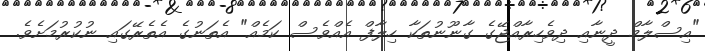
"އިސްލާމް ދީނާއި ދިވެހިރާއްޖޭގެ ގާނޫނުތަކާ ހިލާފް އެއްވެސް ކަމެއް" އެތަނުގެ އެތެރޭގައި ނުކުރުމަށެވެ.